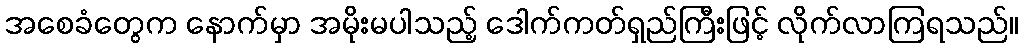
အစေခံတွေက နောက်မှာ အမိုးမပါသည့် ဒေါက်ကတ်ရှည်ကြီးဖြင့် လိုက်လာကြရသည်။